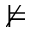
\nvDash